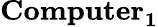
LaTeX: \mathbf{Computer_{1}}